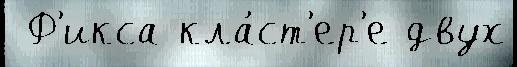
 Ф'икса кла́ст'ер'е двух